Indian journal of veterinary science and animal husbandry - Volume 4,
Year: 1934
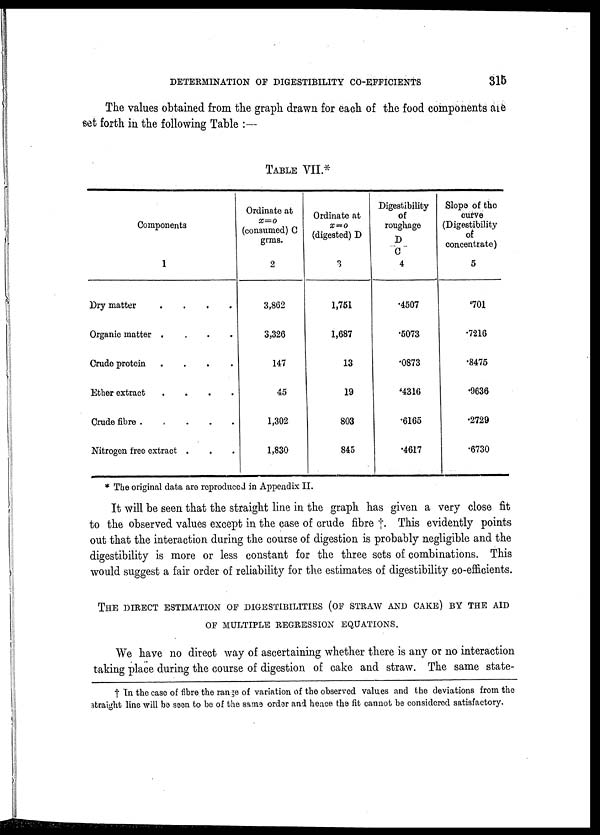
DETERMINATION OF DIGESTIBILITY CO-EFFICIENTS
315
The values obtained from the graph drawn for each of the food components are
set forth in the following Table :—
TABLE VII.*
Components
1
Dry matter
....
Organic matter
....
Crude protein
....
Ether extract
....
Crude fibre
Nitrogen free extract ...
Ordinate at
x=o
(consumed) C
gems.
2
3,862
3,326
147
45
1,302
1,830
Ordinate at
x = o
(digested) D
3
1,751
1,687
13
19
803
845
Digestibility
of
roughage
D
C
4
.4507
.5073
.0873
.4316
.6165
.4617
Slope of the
curve
(Digestibility
of
concentrate)
5
.701
.7216
.8475
.9636
.2729
.6730
* The original data are reproduced in Appendix II.
It will be seen that the straight line in the graph has given a very close fit
to the observed values except in the case of crude fibre †. This evidently points
out that the interaction during the course of digestion is probably negligible and the
digestibility is more or less constant for the three sets of combinations. This
would suggest a fair order of reliability for the estimates of digestibility co-efficients.
THE DIRECT ESTIMATION OF DIGESTIBLITIES (OF STRAW AND CAKE) BY THE AID
OF MULTIPLE REGESSION EQUATIONS.
We have no direct way of ascertaining whether there is any or no interaction
taking place during the course of digestion of cake and straw. The same state-
† In the case of fibre the range of variation of the observed values and the deviations from the
straight line will be seen to be of the same order and hence the fit cannot be considered satisfactory.